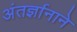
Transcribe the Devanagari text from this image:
अंतर्ज्ञानाने